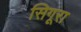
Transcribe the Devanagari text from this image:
सिगूरा